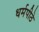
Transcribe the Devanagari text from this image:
धर्मपीठे